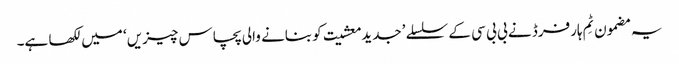
یہ مضمون ٹِم ہارفرڈ نے بی بی سی کے سلسلے ’جدید معشیت کو بنانے والی پچاس چیزیں‘ میں لکھا ہے۔